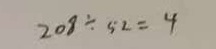
2 0 8 \div 5 2 = 4